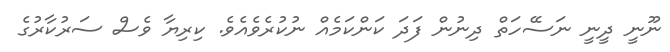
ނޫނީ ދީނީ ނަސޭހަތް ދިނުން ފަދަ ކަންކަމެއް ނުކުރެވެއެވެ. ކިރިޔާ ވެސް ސަރުކާރުގެ